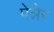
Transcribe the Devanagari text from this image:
पेन्नेर